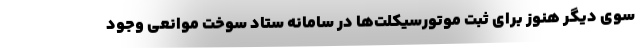
سوی دیگر هنوز برای ثبت موتورسیکلت‌ها در سامانه ستاد سوخت موانعی وجود